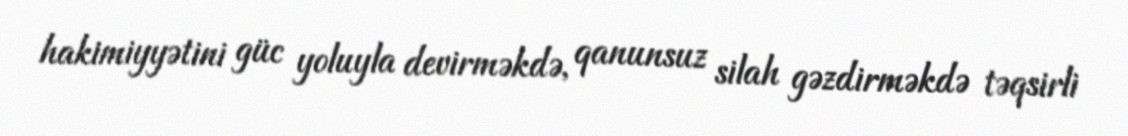
hakimiyyətini güc yoluyla devirməkdə, qanunsuz silah gəzdirməkdə təqsirli